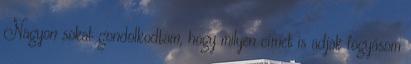
Nagyon sokat gondolkodtam, hogy milyen címet is adjak fogyásom